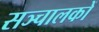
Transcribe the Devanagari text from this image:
सञ्चालकों